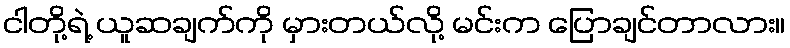
ငါတို့ရဲ့ ယူဆချက်ကို မှားတယ်လို့ မင်းက ပြောချင်တာလား။